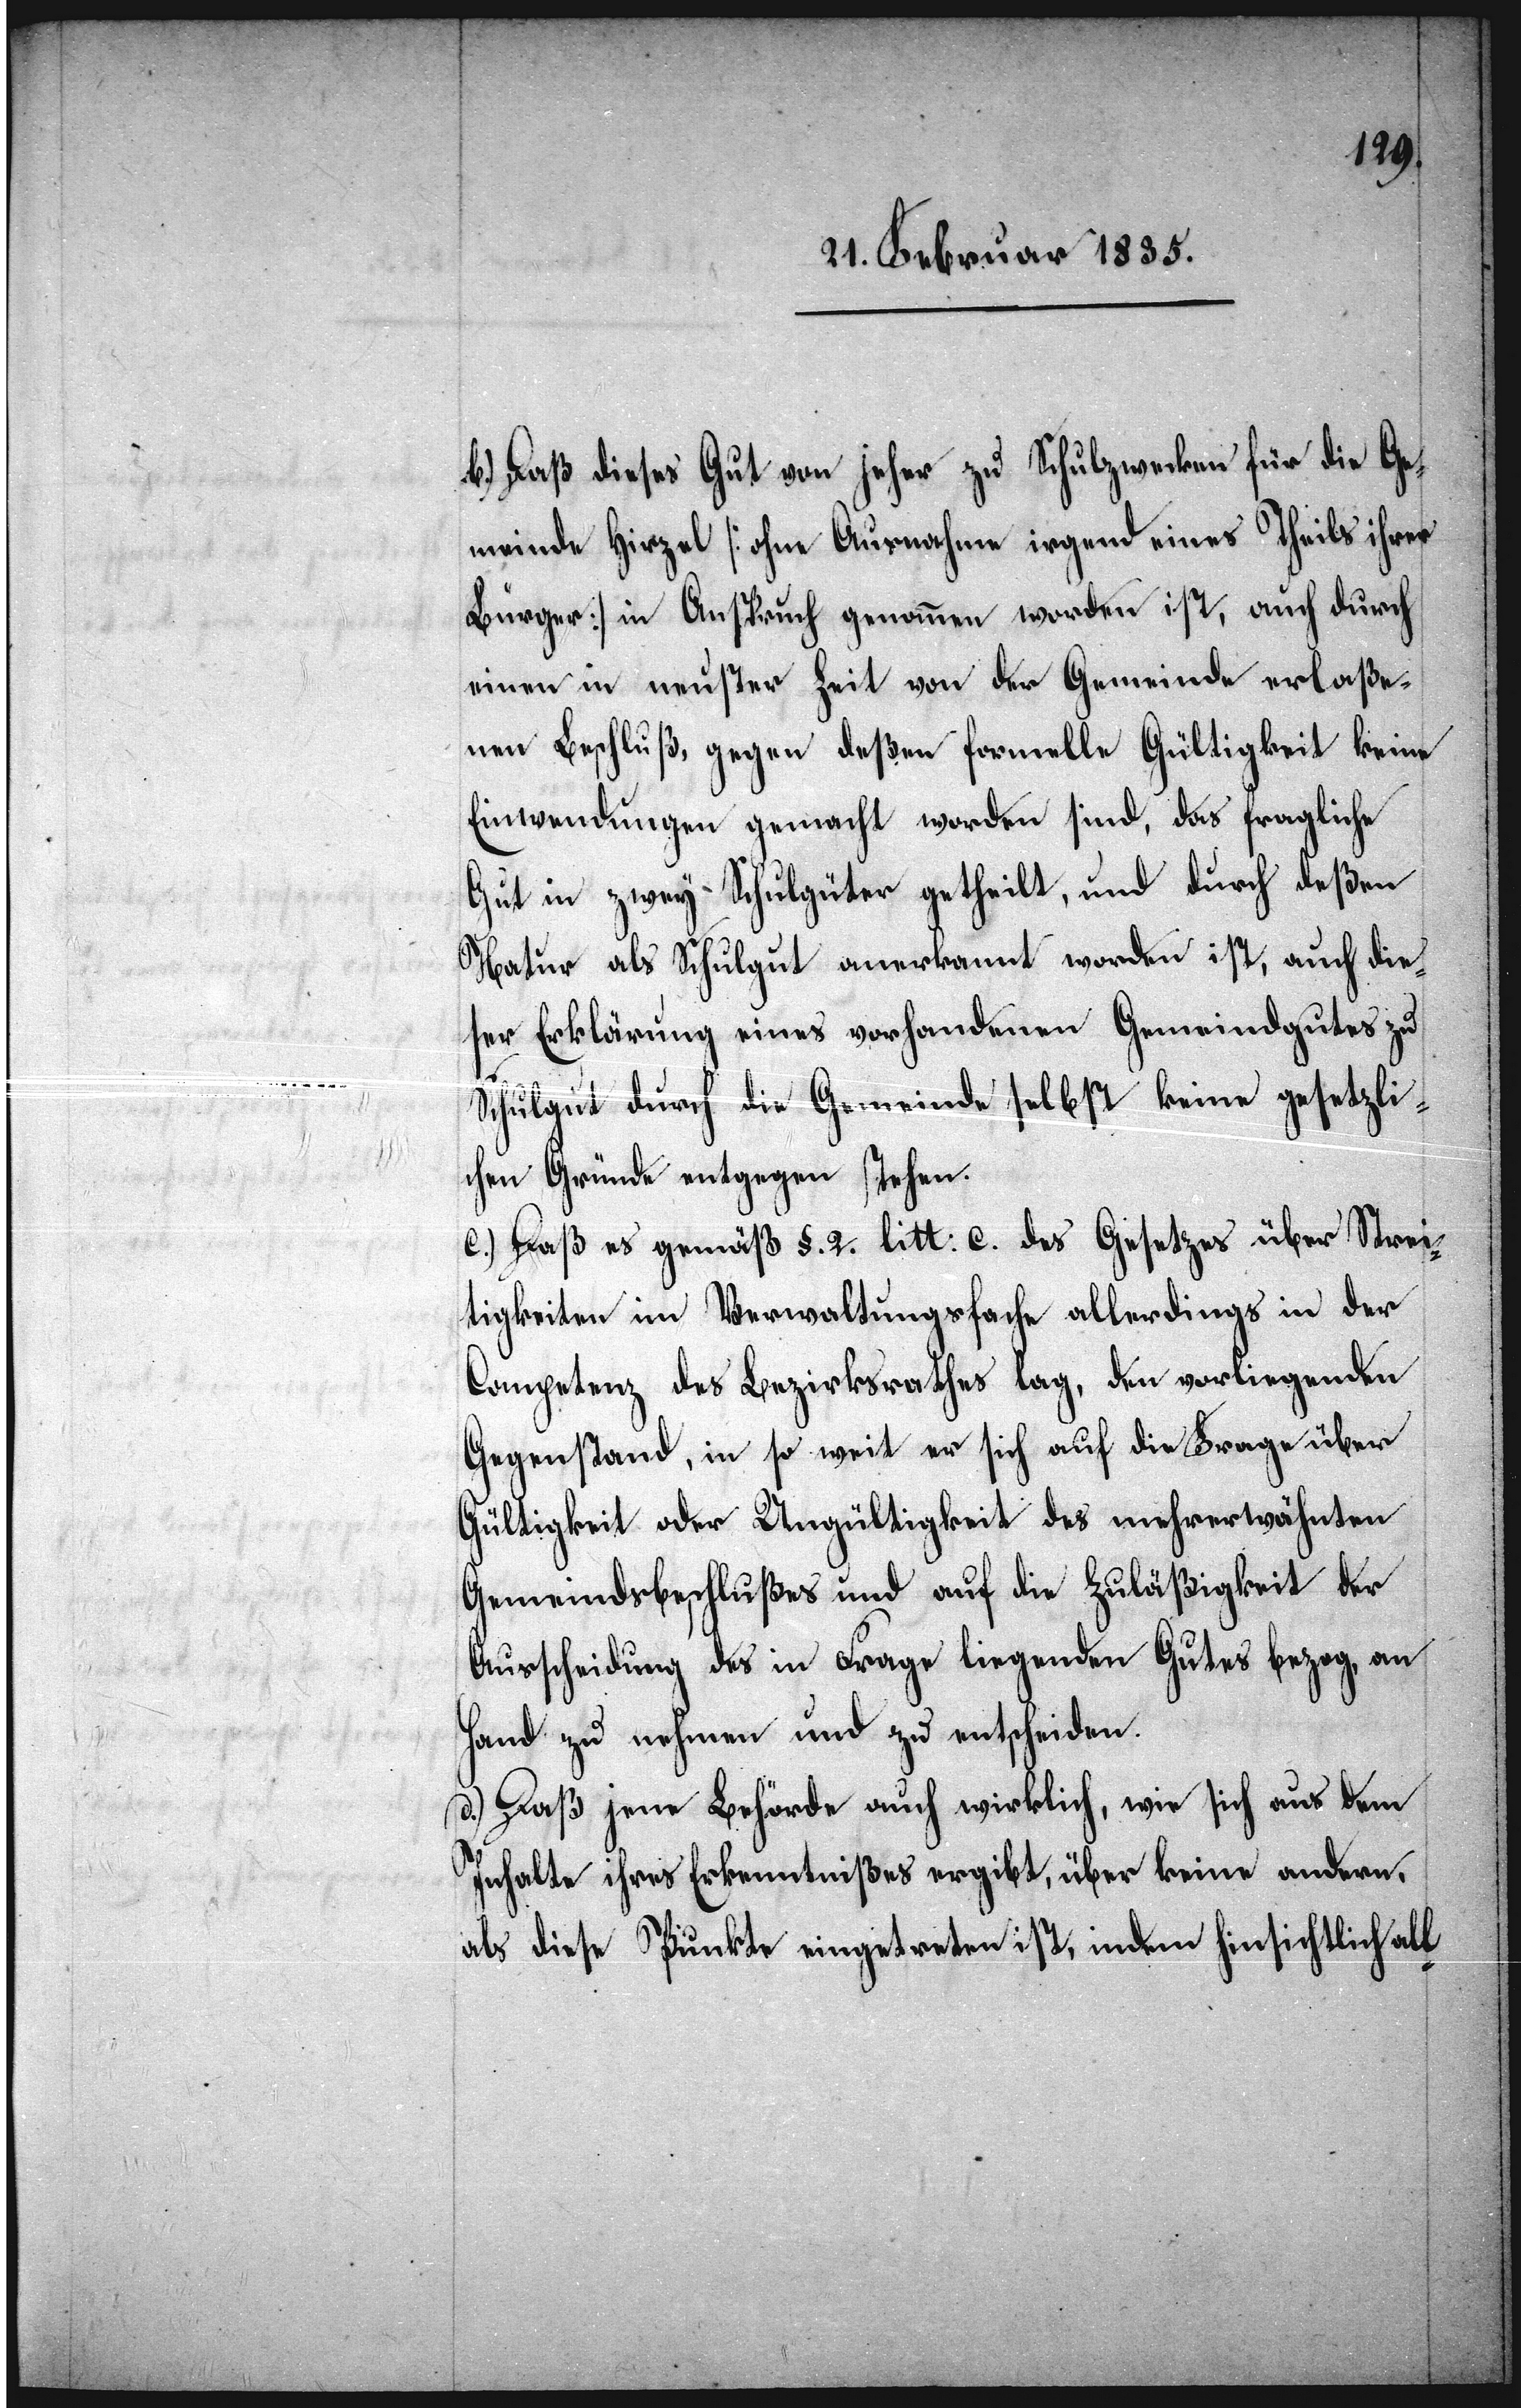
b.) Daß dieses Gut von jeher zu Schulzwecken für die Ge¬
meinde Hirzel [ohne Ausnahme irgend eines Theils ihrer
Bürger] in Anspruch genommen worden ist, auch durch
einen in neuster Zeit von der Gemeinde erlaße¬
nen Beschluß, gegen deßen formelle Gültigkeit keine
Einwendungen gemacht worden sind, das fragliche
Gut in zwey Schulgüter getheilt, und durch deßen
Natur als Schulgut anerkannt worden ist, auch die¬
ser Erklärung eines vorhandenen Gemeindgutes zu
Schulgut durch die Gemeinde selbst keine gesetzli¬
chen Gründe entgegen stehen.
c.) Daß es gemäß §. 2. litt: c. des Gesetzes über Strei¬
tigkeiten im Verwaltungsfache allerdings in der
Competenz des Bezirksrathes lag, den vorliegenden
Gegenstand, in so weit er sich auf die Frage über
Gültigkeit oder Ungültigkeit des mehrerwähnten
Gemeindsbeschlußes und auf die Zuläßigkeit der
Ausscheidung des in Frage liegenden Gutes bezog, an
Hand zu nehmen und zu entscheiden.
d.) Daß jene Behörde auch wirklich, wie sich aus dem
Inhalte ihres Erkenntnißes ergibt, über keine andern,
als diese Punkte eingetreten ist, indem hinsichtlich all-